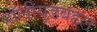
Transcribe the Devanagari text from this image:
हॉलीवूडबद्दल